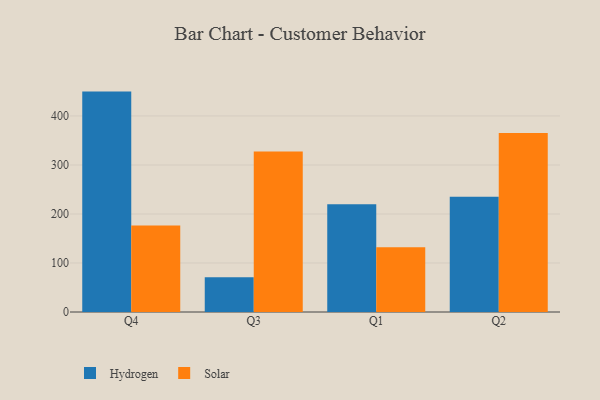
{"axis": {"x": "Quarter", "y": "LTV (USD)"}, "legend": ["Hydrogen", "Solar"], "data": [{"x": "Q4", "y": 449.7, "type": "Hydrogen"}, {"x": "Q4", "y": 176.6, "type": "Solar"}, {"x": "Q3", "y": 71.0, "type": "Hydrogen"}, {"x": "Q3", "y": 327.3, "type": "Solar"}, {"x": "Q1", "y": 219.7, "type": "Hydrogen"}, {"x": "Q1", "y": 132.3, "type": "Solar"}, {"x": "Q2", "y": 235.1, "type": "Hydrogen"}, {"x": "Q2", "y": 365.0, "type": "Solar"}]}